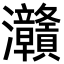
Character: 灨